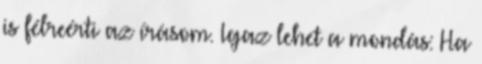
is félreérti az írásom. Igaz lehet a mondás: Ha